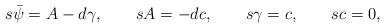
LaTeX: \begin{align*}s{\bar\psi}=A-d{\gamma},\quad\quad sA=-dc,\quad\quad s\gamma=c,\quad\quad sc=0,\end{align*}